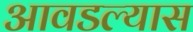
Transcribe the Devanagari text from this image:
आवडल्यास